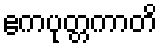
ဧကပုတ္တကာတိ